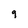
Character: 9